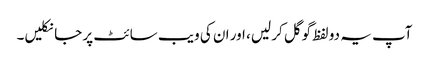
آپ یہ دو لفظ گوگل کر لیں، اور ان کی ویب سائٹ پر جا نکلیں۔